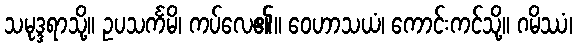
သမုဒ္ဒရာသို့။ ဥပသင်္ကမိ၊ ကပ်လေ၏။ ဝေဟာသယံ၊ ကောင်းကင်သို့။ ဂမိဿံ၊